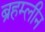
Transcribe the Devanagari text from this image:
ब्रहम्लीन